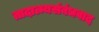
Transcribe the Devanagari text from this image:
तादात्म्यसंबंधवाद